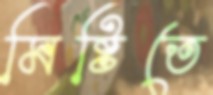
মিষ্টিতে